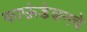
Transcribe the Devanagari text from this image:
फाऊंडेशनचे